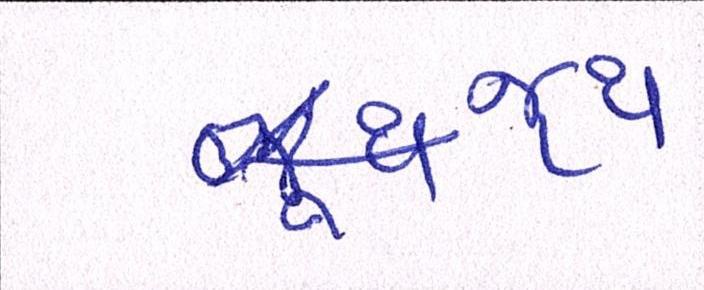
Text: જૂથ